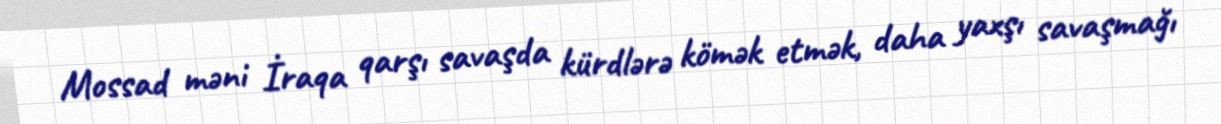
Mossad məni İraqa qarşı savaşda kürdlərə kömək etmək, daha yaxşı savaşmağı